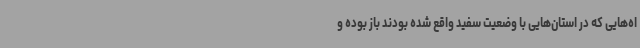
اه‌هایی که در استان‌هایی با وضعیت سفید واقع شده بودند باز بوده و